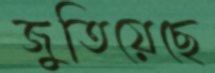
জুতিয়েছে